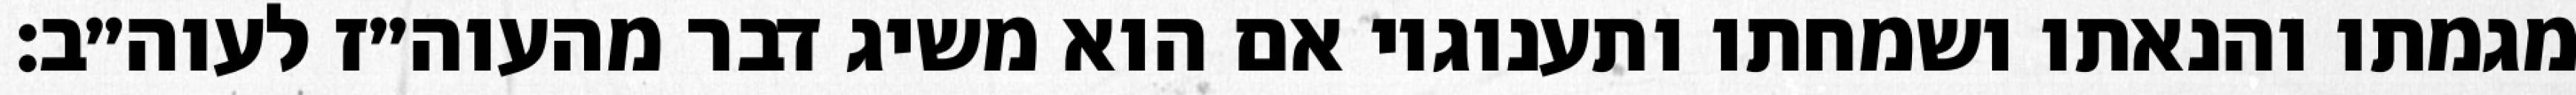
מגמתו והנאתו ושמחתו ותענוגיו אם הוא משיג דבר מהעוה״ז לעוה״ב: